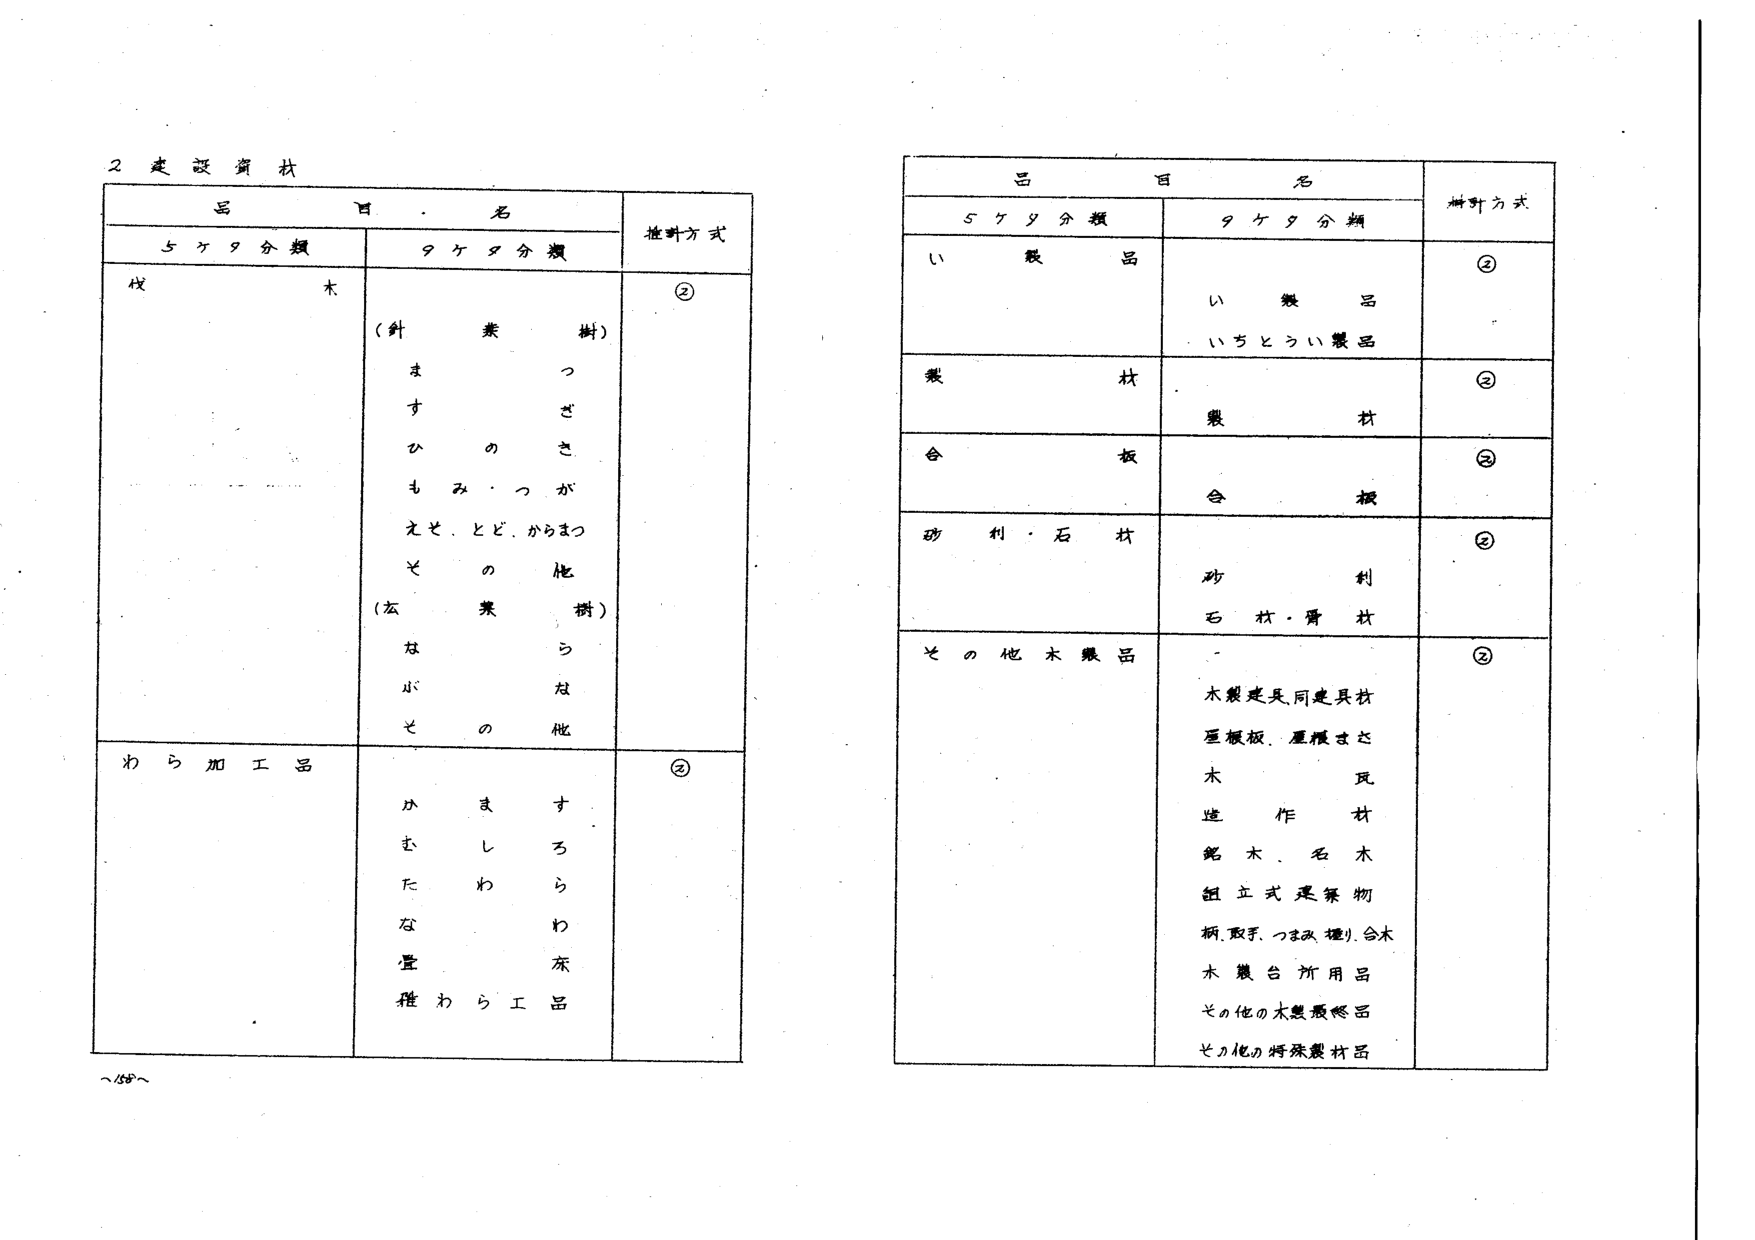
2 建設資材

品目名
5ケタ分類 9ケタ分類 推計方式

伐木
(針葉樹)
まつ
ひのき
えと、とど、からまつ
(広葉樹)
なぶそ
の
つさが
他の
うな他

わら加工品
かむたな
雑わら工品
ます
しわ
ろらわ
床品

②

品目名
5ケタ分類 9ケタ分類 推計方式

い製品
い製品
いちとうい製品
②

製材
製材
②

合板
合板
②

砂利・石材
砂利
石材・骨材
②

その他木製品
木製建具、同建具材
屋根板、屋根ささ
木瓦
造作材
鋸木、名木
組立式建築物
柄、取手、つまみ、樋り、合木
木製台所用品
その他の木製最終品
その他の特殊製材品
②

～155～